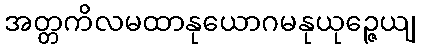
အတ္တကိလမထာနုယောဂမနုယုဉ္ဇေယျ